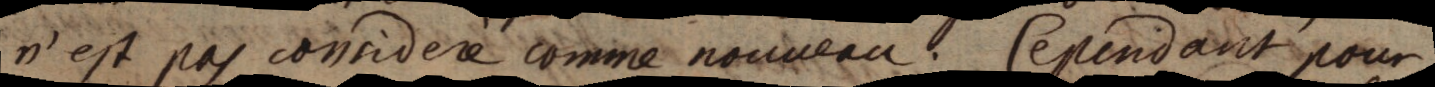
n’est pas consideré comme nouveau. Cependant pour